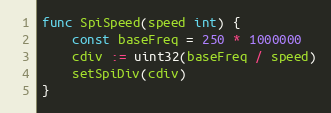
Language: Go
func SpiSpeed(speed int) {
	const baseFreq = 250 * 1000000
	cdiv := uint32(baseFreq / speed)
	setSpiDiv(cdiv)
}